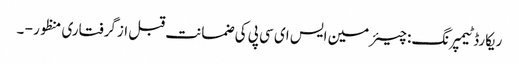
ریکارڈ ٹیمپرنگ: چیئرمین ایس ای سی پی کی ضمانت قبل ازگرفتاری منظور - ۔